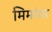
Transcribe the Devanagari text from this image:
मिमांवर